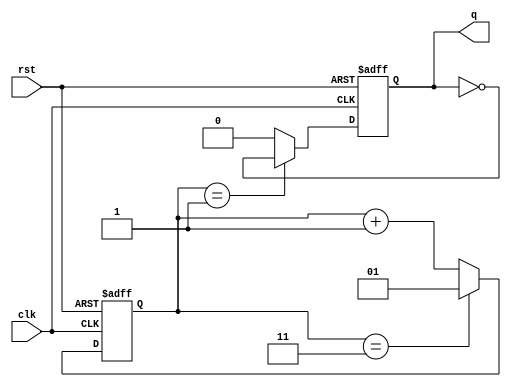
module freq_by_3 (
input clk,
input rst,
output reg q
);
reg  [1:0] cnt ;
always @(posedge clk or posedge rst)
	begin
	
	if(rst)
	begin
		q <=0;
		cnt <=0;
	end
	else
	begin
		cnt <= (cnt ==3) ? 1 : cnt+1;
		if (cnt==1)
			q <= ~q;
		else 
			q <=0;
		
	end
	end
	
endmodule